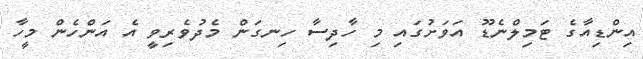
އިންޑިއާގެ ޓަމިލްނެޑޫ އަވަށުގައި މި ހާދިސާ ހިނގަން މެދުވެރިވީ އެ އަންހެން މީހާ